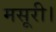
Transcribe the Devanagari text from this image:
मसूरी।